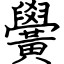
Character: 黌